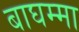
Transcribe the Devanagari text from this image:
बाघम्मा